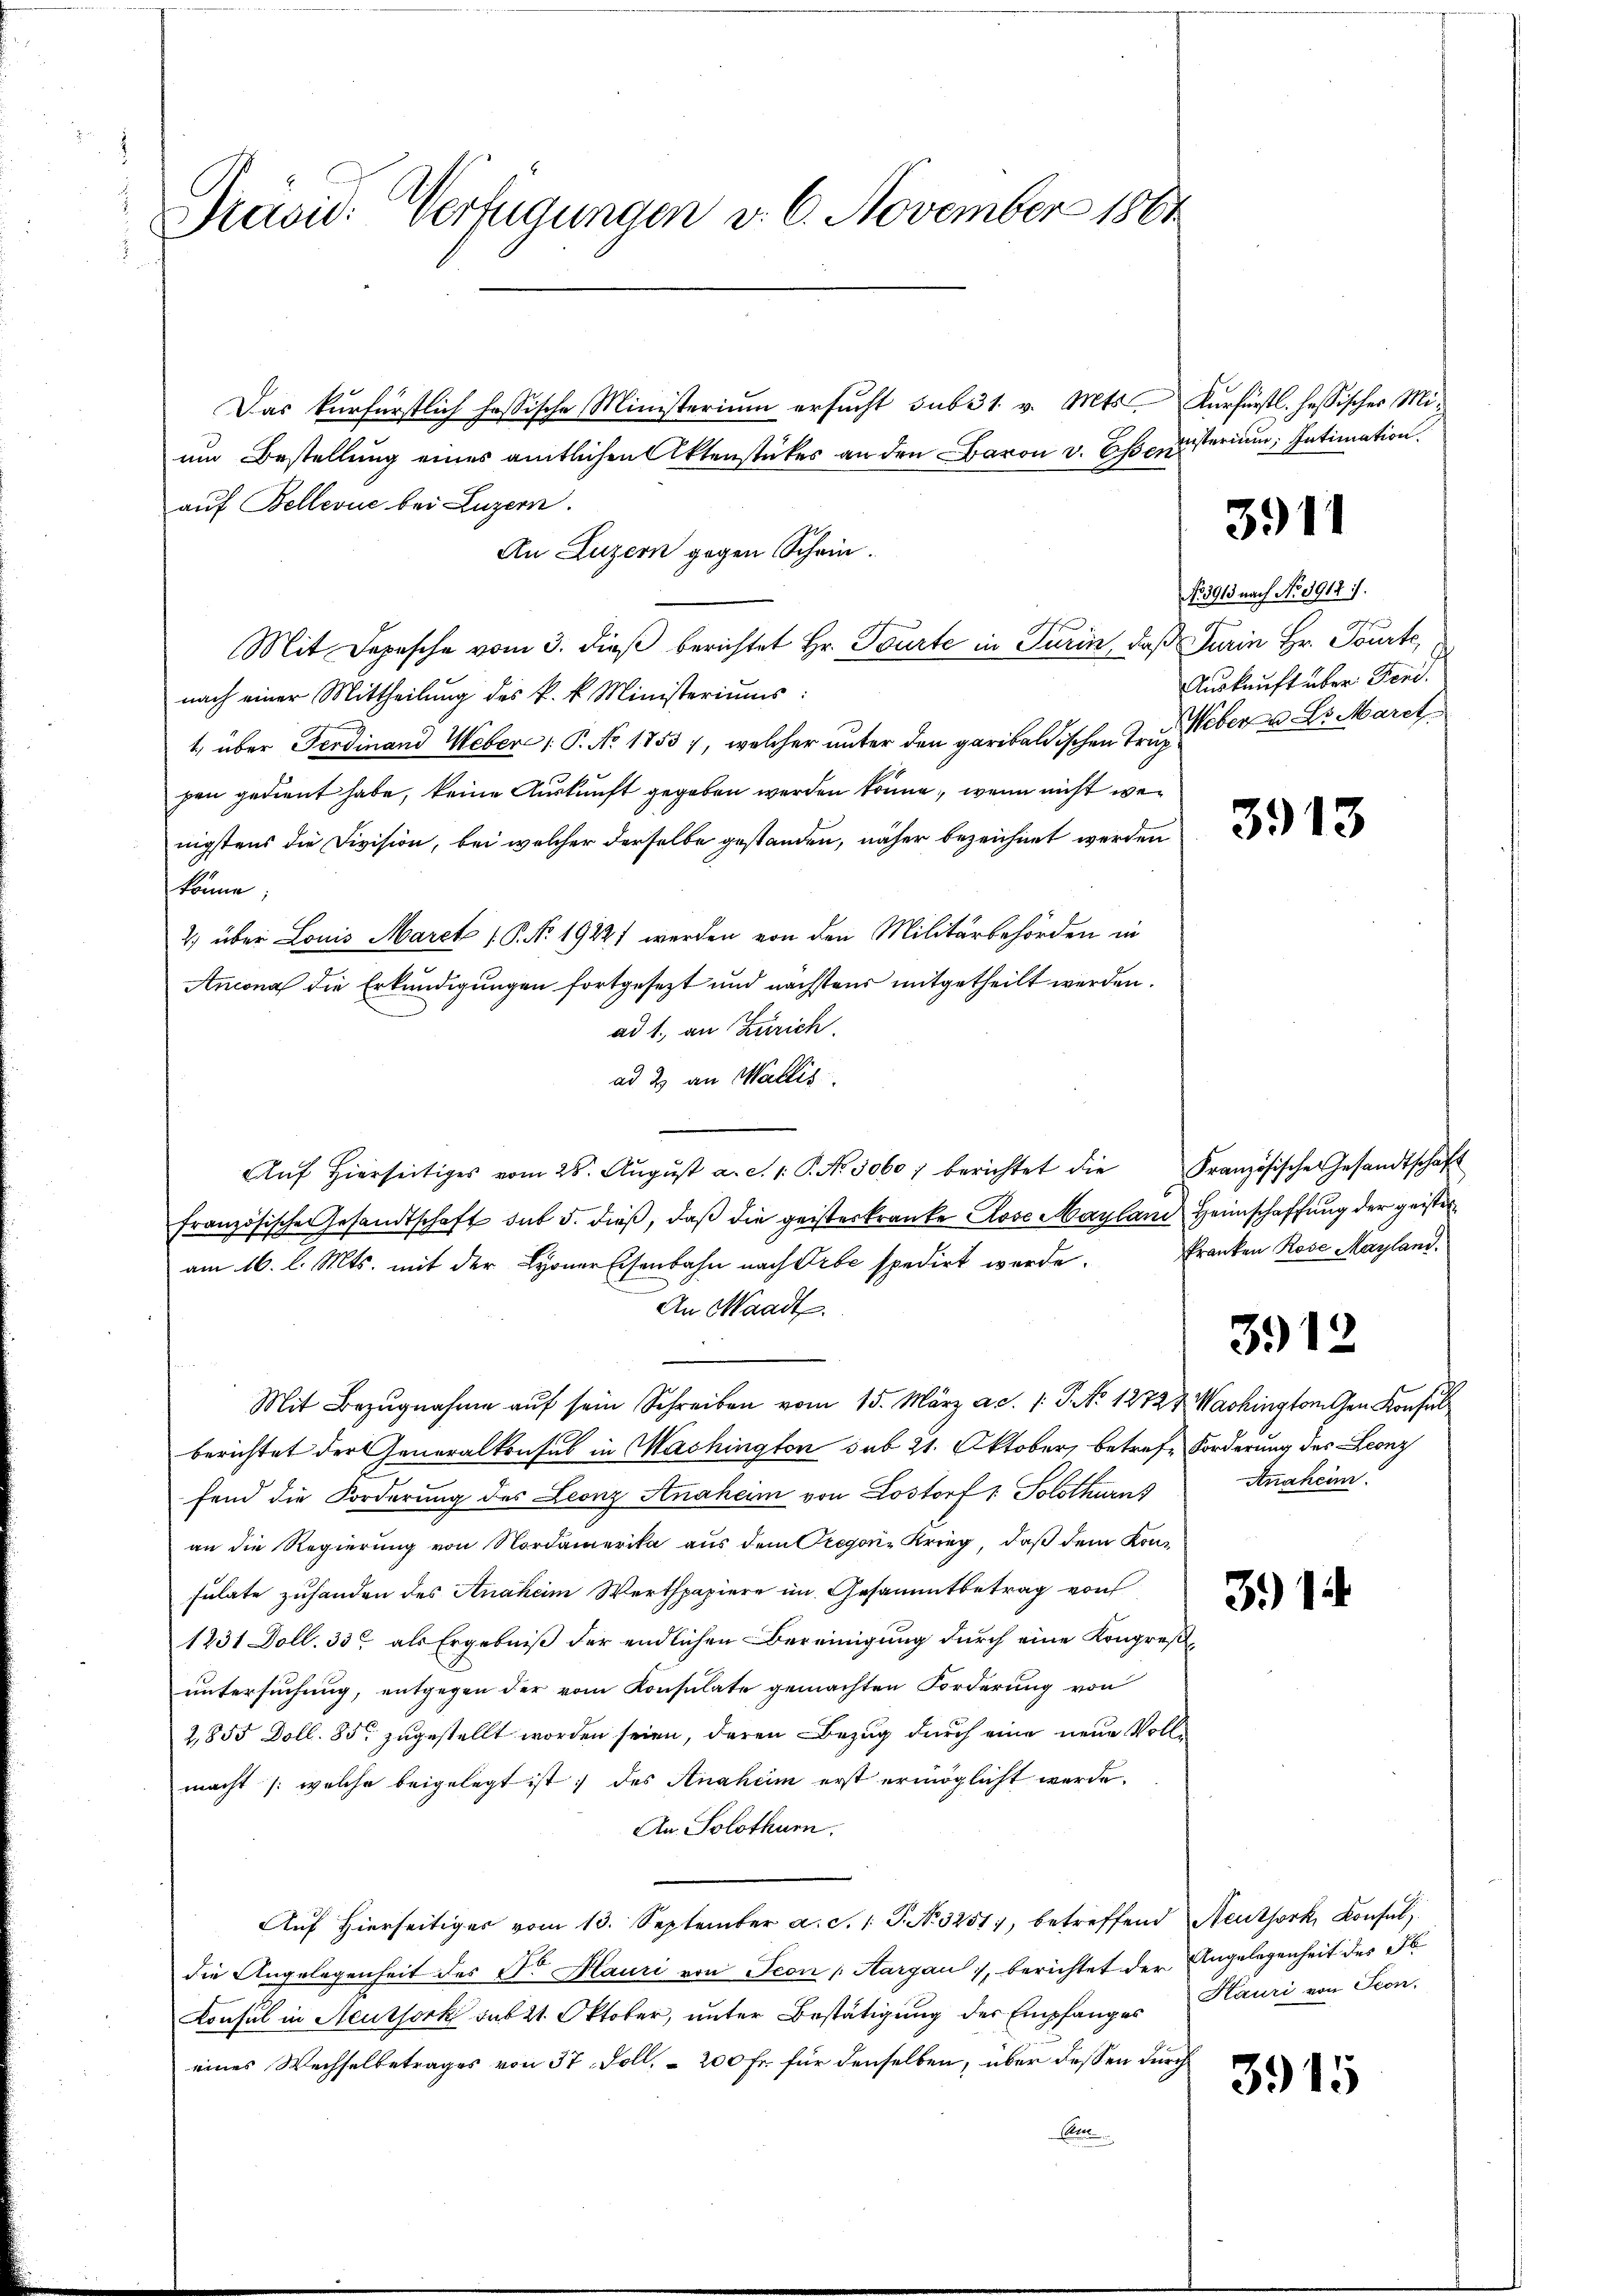
Pravić: Verfügungen v. 6. November 1864

Das kurfürstlich hassische Ministerium ersucht sub 31. v. Mts. Kurfürstl. hessisches Mium Bestellung eines amtlichen Aktenstückes an den Baron v. Oscinisterium Intimation.
auf Bellevue bei Luzern.
An Luzern gegen Schein.
Mit Depesche vom 3. dieß berichtet Hr. Tourte in Turin, daß Turin Hr. Tourte
nach einer Mittheilung des k. k. Ministeriums:
t, über Ferdinand Weber: P. Nr. 1753 7, welcher unter den gar baldischen Trueber u. Dr. March
pen gedient habe, keine Auskunft gegeben werden könne, wenn nicht wenigstens die Division, bei welcher derselbe gestanden, näher bezeichnet werden
könne;
2) über Louis Marck ( P. Nr. 1922 werden von den Militärbehörden in
Ancona die Erkundigungen fortgesezt und nächstens mitgetheilt werden.
ad 1., an Zürich.
ad 2 an Wallis
Aŭf hierseitiges vom 28. Aŭgŭst a. c. 1. P. Nr. 3060) berichtet die Französische Gesandtschaft
französische Gesandtschaft sub 5. dieβ, daβ die geisterkranke Rose Mayland Heimschaffung der geister
am 16. l. Mts. mit der Lyoner Eisenbahn nach Erbe spedirt werde. Franken Rose Mayland.
An Waadt.
Mit Bezŭgnahme aŭf sein Schreiben vom 15. März a.d. 1. P. No 1272 & Washington Gen. Konsul
berichtet der Generalkonsul in Mashington sub 21. Oktober, betrefe Forderung des Leonz
fend die Forderung des Leonz Anaheim von Lostorf 1. Solothurn
an die Regierung von Nordamerika aus dem Gregorie Krieg, daß dem Kon-
sulate zuhanden des Anaheim Werthpapiere im Gesammtbetrag von
1231 Doll. 33. als Ergebniß der endlichen Bereinigung durch eine Kongreßuntersuchung, entgegen der vom Konsulate gemachten Forderung von
2,855 Doll. 85 zugestellt worden seien, deren Bezug durch eine neue Vollmacht (welche beigelegt ist; des Anaheim erst ermöglicht werde.
An. Solothurn.
Aŭf hierseitiges vom 13. September a. S. 1 P. No 3251), betreffend Neuthork, Konsul
die Angelegenheit des Dr. Hauri von Seon Aargau, berichtet der Angelegenheit der F
Konsul in Neuthork sub 21. Oktober, unter Bestätigung der Empfanges Hauri von Seon.
eines Wechselbetrages von 37 Foll. – 200 Fr. für denselben, über dessen durch
Elte

3911

No 391 nach No 3914 f.
Auskunft über Ferd.

3913

3912

Anaheim.

3) 1

3915